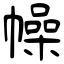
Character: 幧